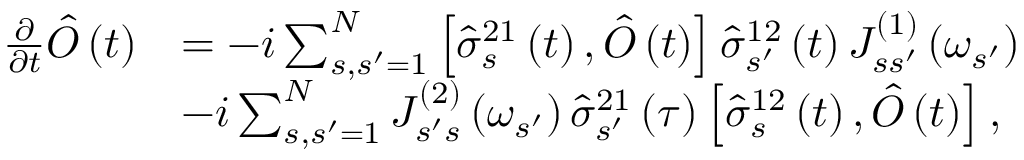
\begin{array} { r l } { \frac { \partial } { \partial t } \hat { O } \left( t \right) } & { = - i \sum _ { s , s ^ { \prime } = 1 } ^ { N } \left[ \hat { \sigma } _ { s } ^ { 2 1 } \left( t \right) , \hat { O } \left( t \right) \right] \hat { \sigma } _ { s ^ { \prime } } ^ { 1 2 } \left( t \right) J _ { s s ^ { \prime } } ^ { \left( 1 \right) } \left( \omega _ { s ^ { \prime } } \right) } \\ & { - i \sum _ { s , s ^ { \prime } = 1 } ^ { N } J _ { s ^ { \prime } s } ^ { \left( 2 \right) } \left( \omega _ { s ^ { \prime } } \right) \hat { \sigma } _ { s ^ { \prime } } ^ { 2 1 } \left( \tau \right) \left[ \hat { \sigma } _ { s } ^ { 1 2 } \left( t \right) , \hat { O } \left( t \right) \right] , } \end{array}